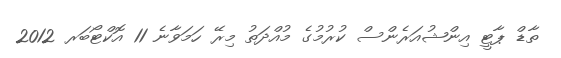
ތާޑް ޕާޓީ އިންޝުއަރެންސް ކުރުމުގެ މުއްދަތު މިރޭ ހަމަވާނެ 11 އޮކްޓޯބަރ 2012